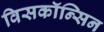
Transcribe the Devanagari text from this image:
विसकॉन्सिन